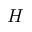
H